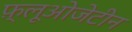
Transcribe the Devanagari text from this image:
फ़्लूओजेटीन